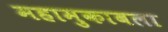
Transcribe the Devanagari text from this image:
महामुकाबला